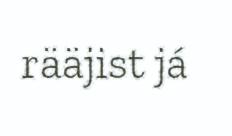
rääjist já